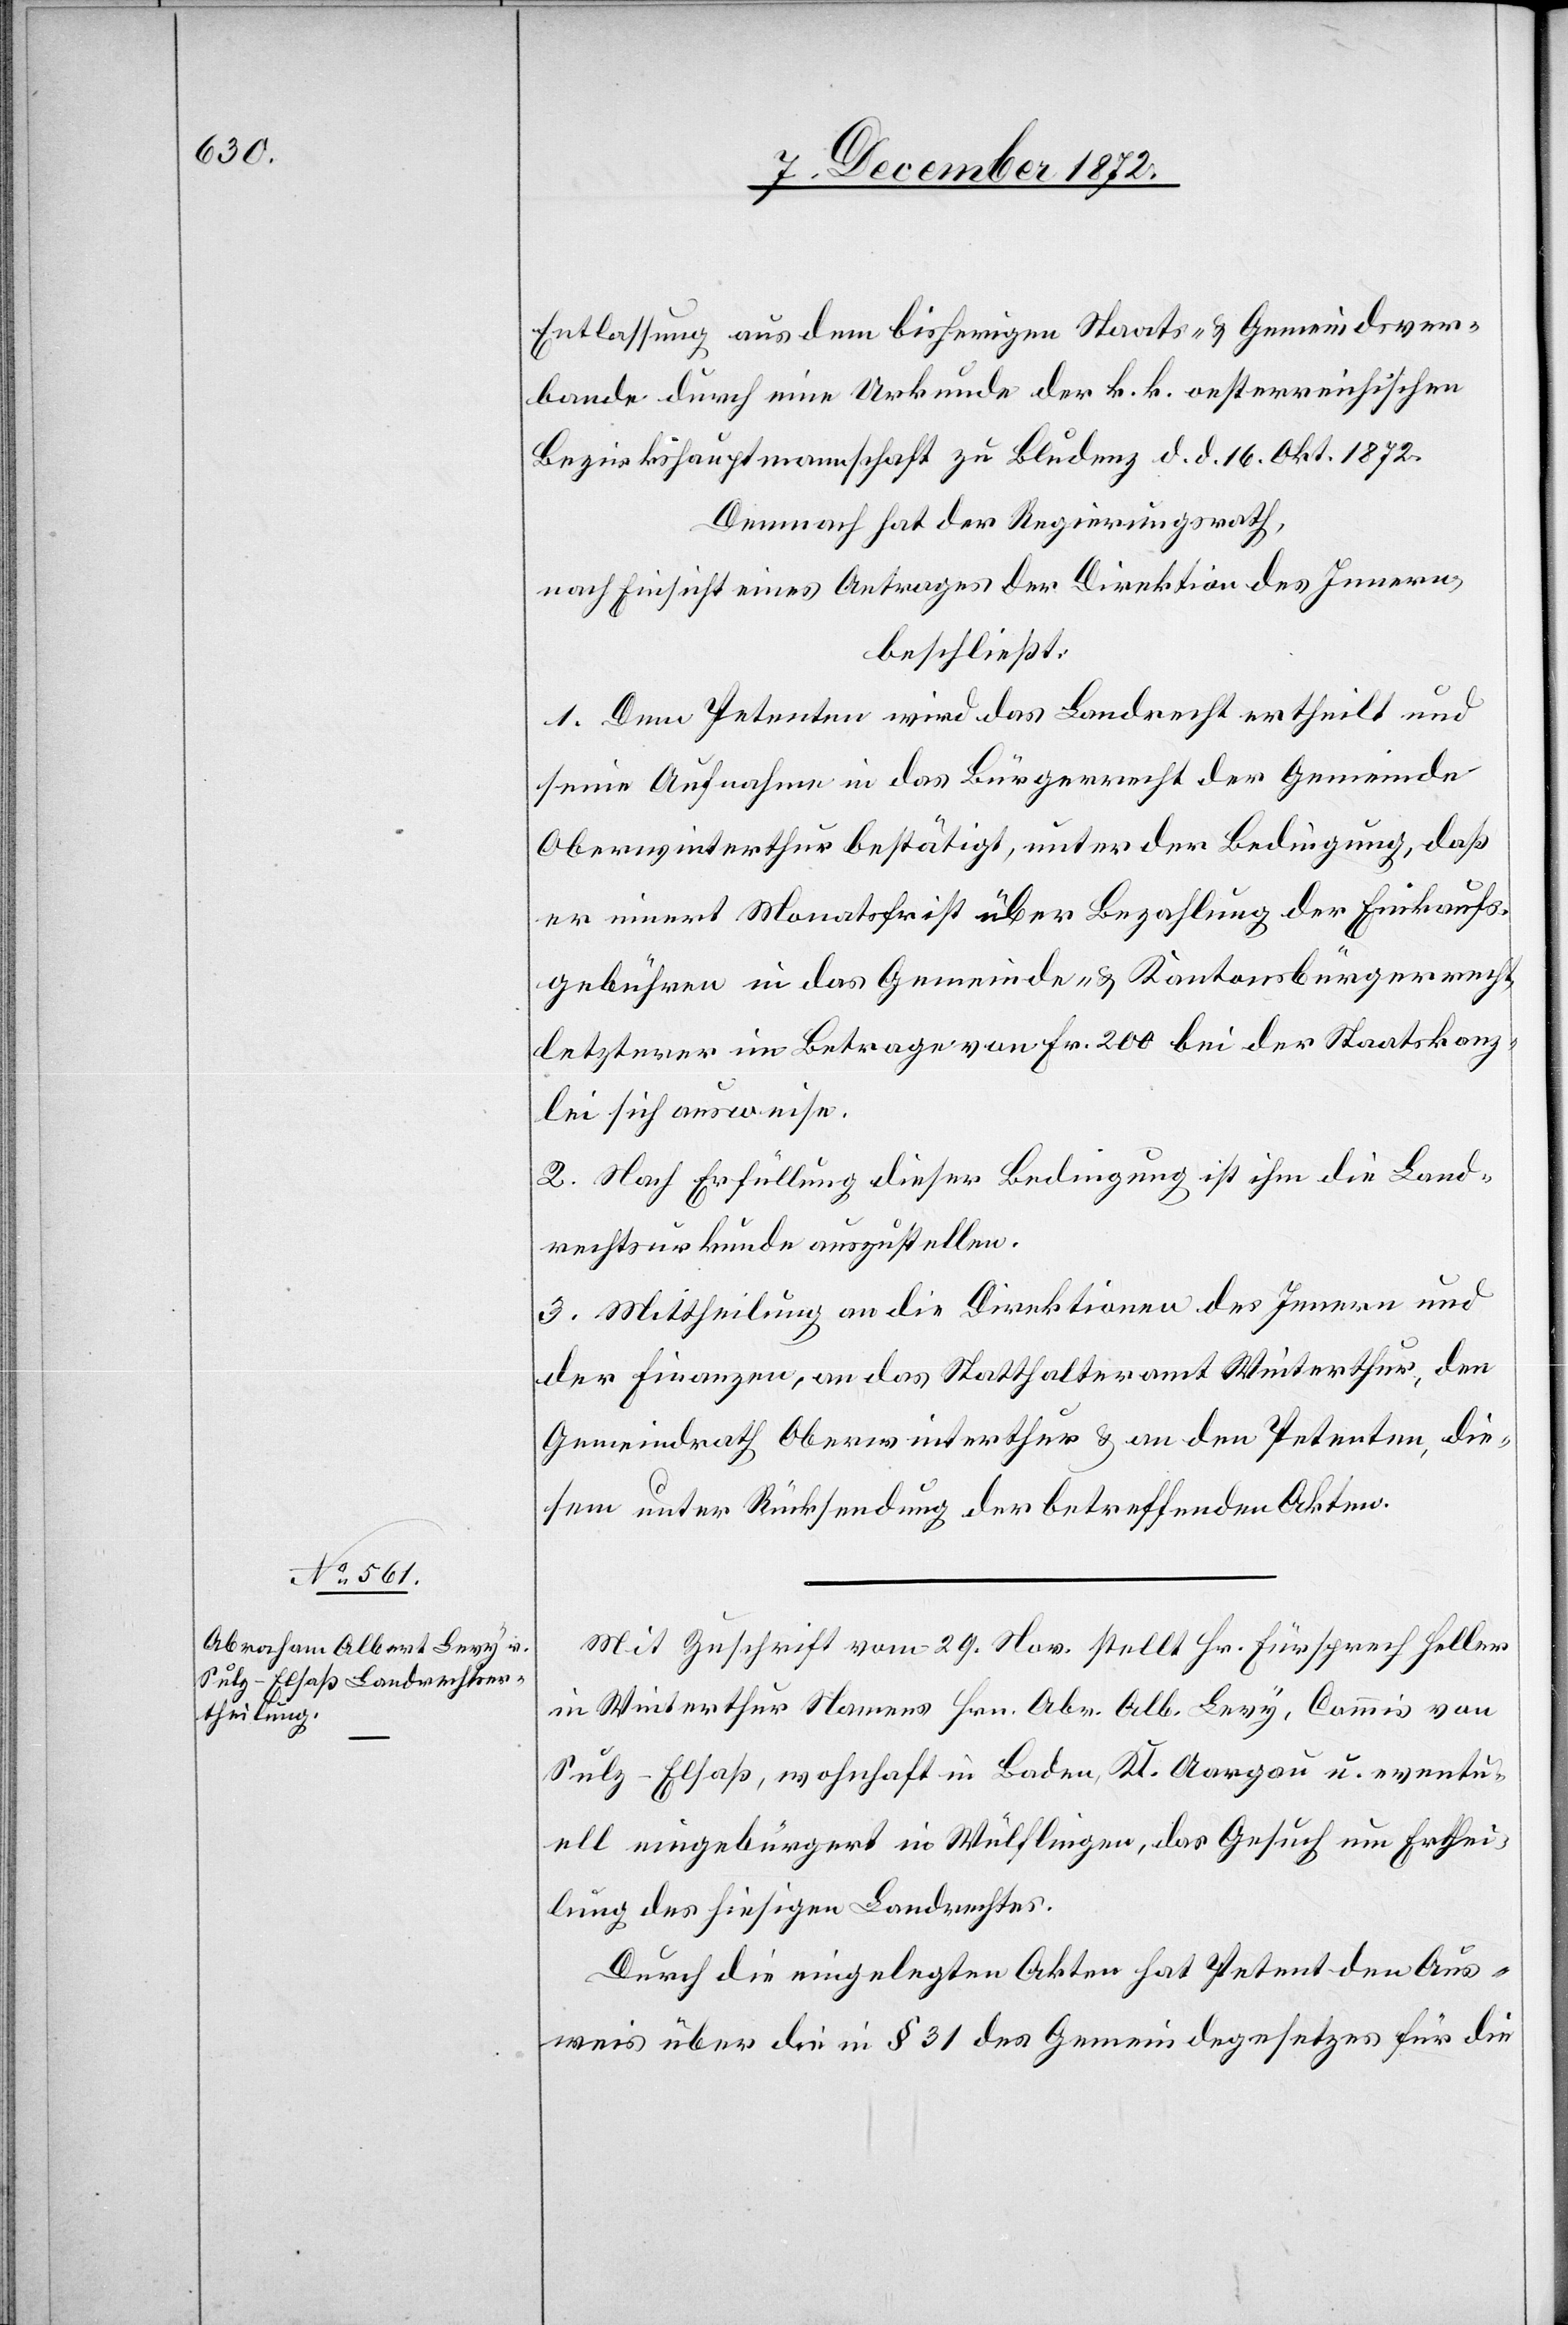
Entlassung aus dem bisherigen Staats- u. Gemeindsver¬
bande durch eine Urkunde der k. k. oesterreichischen
Bezirkshauptmannschaft zu Bludenz d. d. 16. Okt. 1872.
Demnach hat der Regierungsrath,
nach Einsicht eines Antrages der Direktion des Innern,
beschließt
1. Dem Petenten wird das Landrecht ertheilt und
seine Aufnahme in das Bürgerrecht der Gemeinde
Oberwinterthur bestätigt, unter der Bedingung, daß
erinnert Monatsfrist über Bezahlung der Einkaufs¬
gebühren in das Gemeinde- u. Kantonsbürgerrecht,
letzterer im Betrage von Fr. 200 bei der Staatskanz¬
lei sich ausweise.
2. Nach Erfüllung dieser Bedingung ist ihm die Land¬
rechtsurkunde auszustellen.
3. Mittheilung an die Direktionen des Innern und
der Finanzen, an das Statthalteramt Winterthur, den
Gemeindrath Oberwinterthur u. an den Petenten, die¬
sem unter Rücksendung der betreffenden Akten.
Mit Zuschrift vom 29. Nov. stellt Hr. Fürsprech Heller
in Winterthur Namens Hrn. Abr. Alb. Levy, Commis von
Sulz-Elsaß, wohnhaft in Baden, Kt. Aargau u. eventu¬
ell eingebürgert in Wülflingen, das Gesuch um Erthei¬
lung des hiesigen Landrechtes.
Durch die eingelegten Akten hat Petent den Aus¬
weis über die in § 31 des Gemeindegesetzes für die